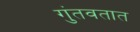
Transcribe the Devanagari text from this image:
गुंतवतात